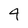
Character: 4